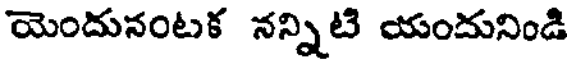
యెందునంటక నన్నిటి యందునిండి